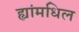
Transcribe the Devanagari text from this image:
ह्यांमधिल